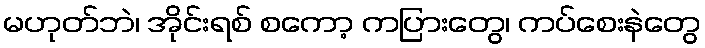
မဟုတ်ဘဲ၊ အိုင်းရစ် စကော့ ကပြားတွေ၊ ကပ်စေးနဲတွေ